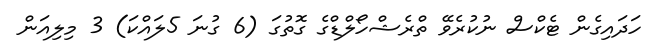
ހަދައިގެން ޓެކްސް ނުކުރެވޭ ތްރެޝްހޯލްޑްގެ ގޮތުގަ (6 ގުނަ 5ލައްކަ) 3 މިލިއަން